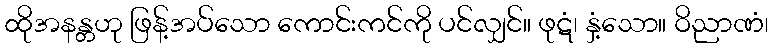
ထိုအနန္တဟု ဖြန့်အပ်သော ကောင်းကင်ကို ပင်လျှင်။ ဖုဋံ၊ နှံ့သော။ ဝိညာဏံ၊